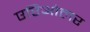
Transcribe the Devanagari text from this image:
एरिओलर